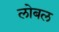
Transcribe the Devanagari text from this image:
लोबल